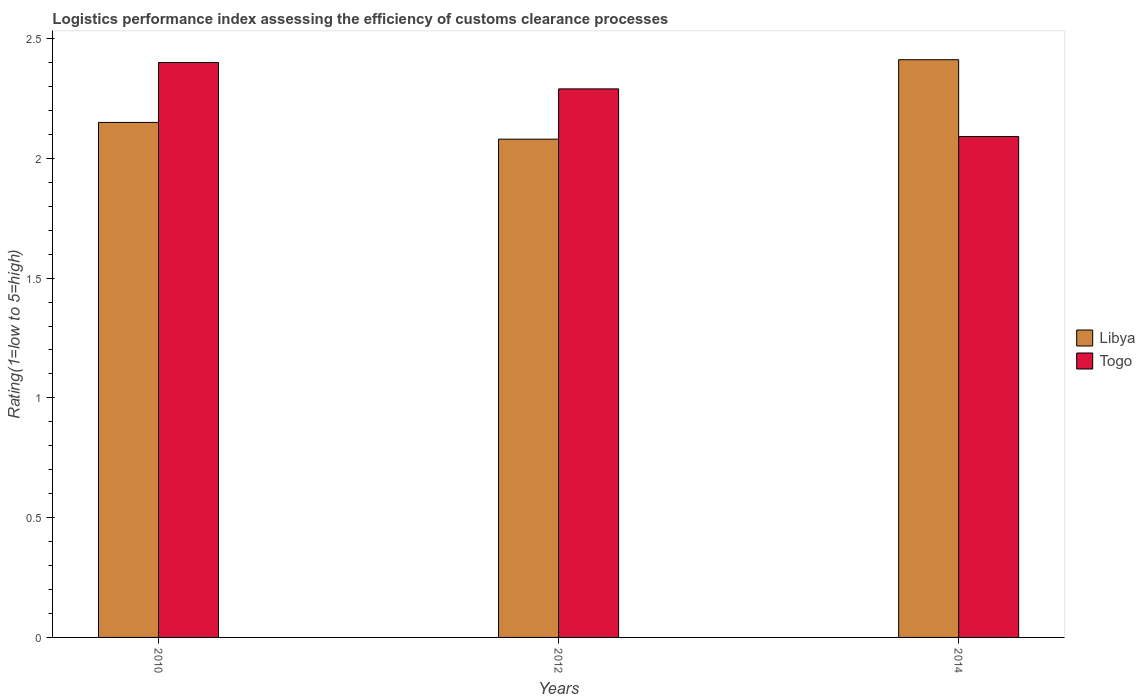
| Years | Libya | Togo |
 | --- | --- | --- |
 | 2010 | 2.15 | 2.4 |
 | 2012 | 2.08 | 2.29 |
 | 2014 | 2.41 | 2.09 |